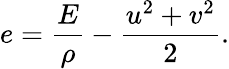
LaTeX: e=\frac{E}{\rho}-\frac{u^{2}+v^{2}}{2}.